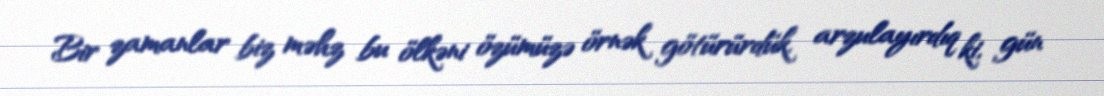
Bir zamanlar biz məhz bu ölkəni özümüzə örnək götürürdük, arzulayırdıq ki, gün